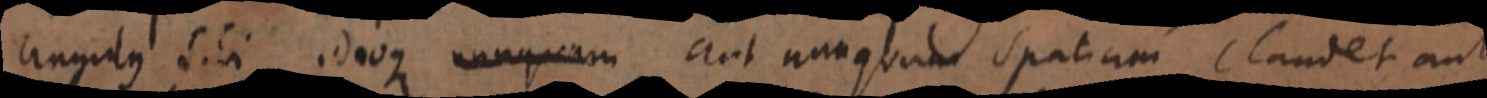
angulus sibi ideoque nunquam aut nunquam spatiam, laudet aut